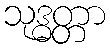
သုဒ္ဓတ္တာ